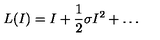
L ( I ) = I + \frac 1 2 \sigma I ^ { 2 } + \dots